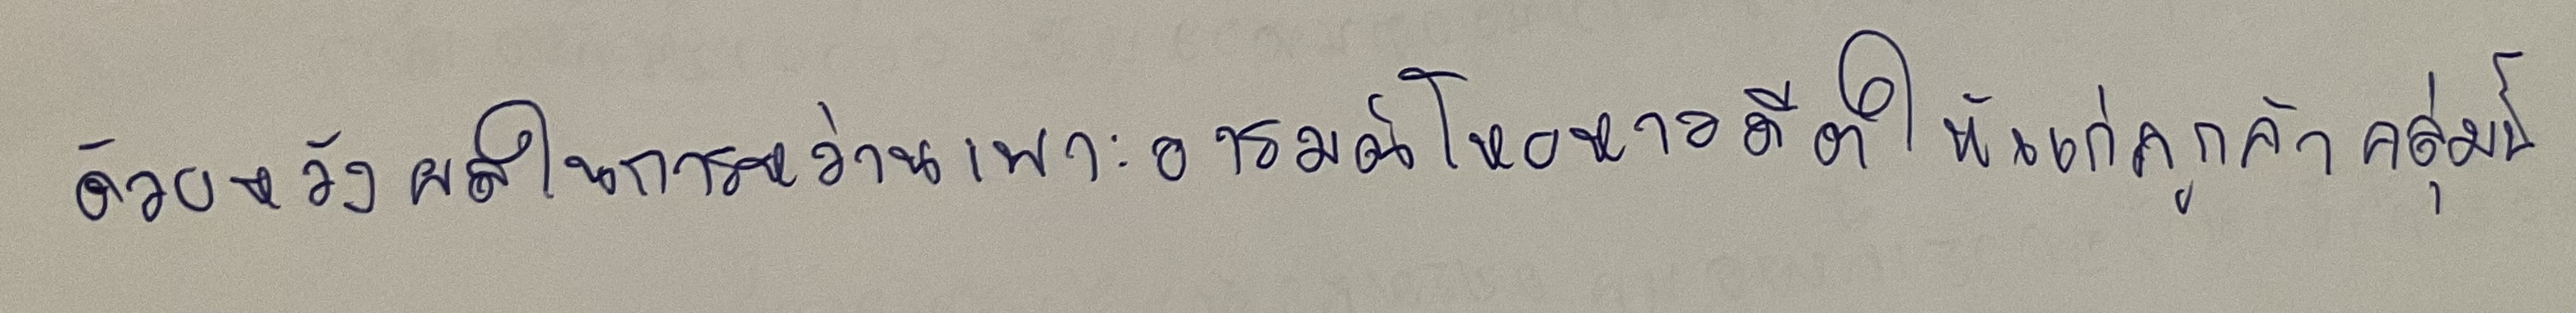
ด้วยหวังผลในการหว่านเพาะอารมณ์โหยหาอดีตให้แก่ลูกค้ากลุ่มนี้